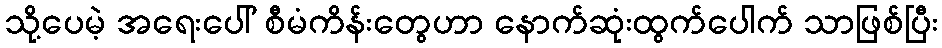
သို့ပေမဲ့ အရေးပေါ် စီမံကိန်းတွေဟာ နောက်ဆုံးထွက်ပေါက် သာဖြစ်ပြီး